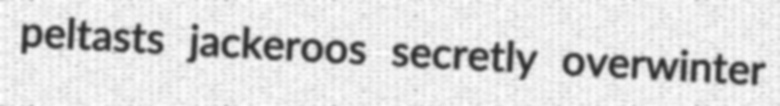
peltasts jackeroos secretly overwinter